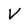
Character: V